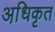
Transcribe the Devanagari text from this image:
अधि़कृत